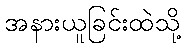
အနားယူခြင်းထဲသို့